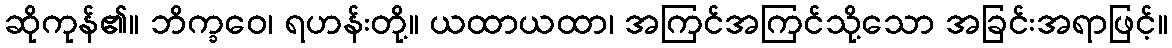
ဆိုကုန်၏။ ဘိက္ခဝေ၊ ရဟန်းတို့။ ယထာယထာ၊ အကြင်အကြင်သို့သော အခြင်းအရာဖြင့်။